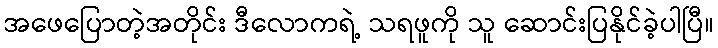
အဖေပြောတဲ့အတိုင်း ဒီလောကရဲ့ သရဖူကို သူ ဆောင်းပြနိုင်ခဲ့ပါပြီ။